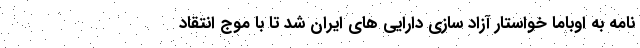
نامه به اوباما خواستار آزاد سازی دارایی های ایران شد تا با موج انتقاد